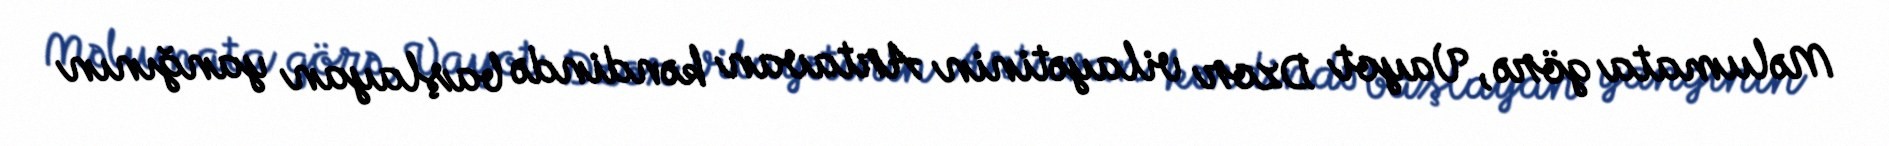
Məlumata görə, Vayot Dzor vilayətinin Artavan kəndində başlayan yanğının